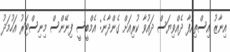
އިނާޒު އިސްތިއުފާ ދެއްވިޔަސް ދައުވާ ކުރިއަށް ގެންދާނެ: އެމްބީސީ ފިނޭންސް މިނިސްޓަރު އަހުމަދު